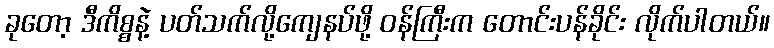
ခုတော့ ဒီကိစ္စနဲ့ ပတ်သက်လို့ကျေနပ်ဖို့ ဝန်ကြီးက တောင်းပန်ခိုင်း လိုက်ပါတယ်။